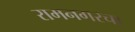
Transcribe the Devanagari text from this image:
रामनगरचा